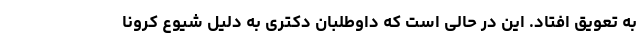
به تعویق افتاد. این در حالی است که داوطلبان دکتری به دلیل شیوع کرونا